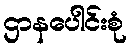
ဌာနပေါင်းစုံ